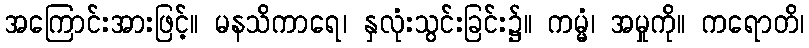
အကြောင်းအားဖြင့်။ မနသိကာရေ၊ နှလုံးသွင်းခြင်း၌။ ကမ္မံ၊ အမှုကို။ ကရောတိ၊